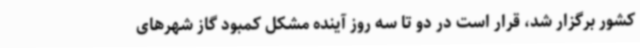
کشور برگزار شد، قرار است در دو تا سه روز آینده مشکل کمبود گاز شهرهای